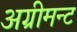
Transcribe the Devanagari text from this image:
अग्रीमन्ट